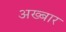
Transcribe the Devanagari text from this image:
अख्बार